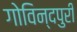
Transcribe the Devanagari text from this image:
गोविन्दपुरी